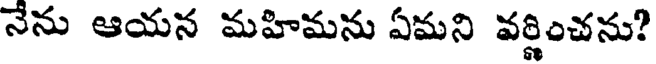
నేను ఆయన మహిమను ఏమని వర్ణించను?